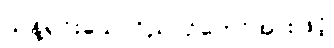
သန့်ရှင်းသောဝိညာဉ်တော်အားဖြင့်